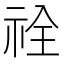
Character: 𮁵